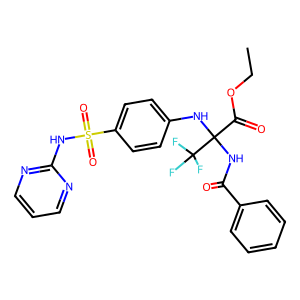
SMILES: CCOC(=O)C(NC(=O)c1ccccc1)(Nc1ccc(S(=O)(=O)Nc2ncccn2)cc1)C(F)(F)F
Inhibits HIV replication: No